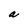
Character: a